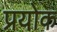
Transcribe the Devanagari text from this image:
प्रयोक